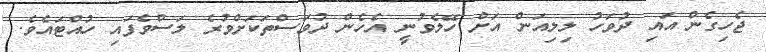
ޖެހިގެން އައި ދުވަހު ލިލިއަން އަށް ހޭލެވުނީ އެހެން ދުވަސްތަކަށްވުރެ ލަސްވެފައި ހުއްޓައެވެ.